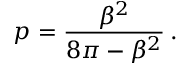
p = \displaystyle \frac { \beta ^ { 2 } } { 8 \pi - \beta ^ { 2 } } \: .